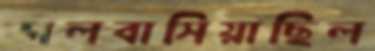
ভালবাসিয়াছিল